system: You are a helpful assistant.
user:
Analyze the provided spectrum to determine if it is a **"Cataclysmic Variables (CV)"**.

- **Key Indicators for CV (Check for either state):**
    - **State 1: Quiescent / Low-State (Emission-Dominated)**
        - **(Primary):** Strong and *very broad* Hydrogen Balmer emission lines (e.g., $H\alpha$ at 6563 Å, $H\beta$ at 4861 Å). The 'broadness' (high velocity dispersion, often FWHM > 1000 km/s) is the key diagnostic, indicating a high-velocity accretion disk.
        - **(Secondary):** Broad neutral Helium (He I) emission lines (e.g., 5876 Å, 6678 Å).
        - **(Key Confirmation):** Presence of high-excitation *ionized* Helium (He II) emission at 4686 Å. This is a strong indicator of accretion onto a white dwarf.
        - **(Line Profile):** Emission lines may exhibit a 'double-peaked' profile, which is a classic signature of a rotating accretion disk viewed at high inclination.

    - **State 2: Outburst / High-State (Absorption-Dominated)**
        - **(Primary):** Spectrum is dominated by a bright, blue continuum (looks like a hot star).
        - **(Secondary):** The emission lines from State 1 are weak, absent, or 'filled in', and are replaced by broad, shallow *absorption* lines (primarily Balmer and He I).
        - **(Morphology):** The overall spectrum mimics a hot B/A-type star. The crucial difference is that the absorption lines are significantly broader, shallower, and more 'washed-out' (or 'smeared') than the sharp lines of a normal stellar photosphere, due to high rotational speeds and pressure broadening in the disk.

Think first, call **spectral_visualization_tool** if needed to examine features in detail, then provide your final answer. Your response must adhere to the following strict rules:
1.  **Overall Structure:** Your response must follow the format `<think>...</think> <tool_call>...</tool_call> (if a tool is used) <answer>...</answer>`.
2.  **Tool Usage Constraint:** You may only make **one** tool call per turn.
3.  **Final Answer Format:** In the `<answer>` tag, your conclusion must be inside a `\boxed{}` command (e.g., `\boxed{YES}`), followed by your justification.

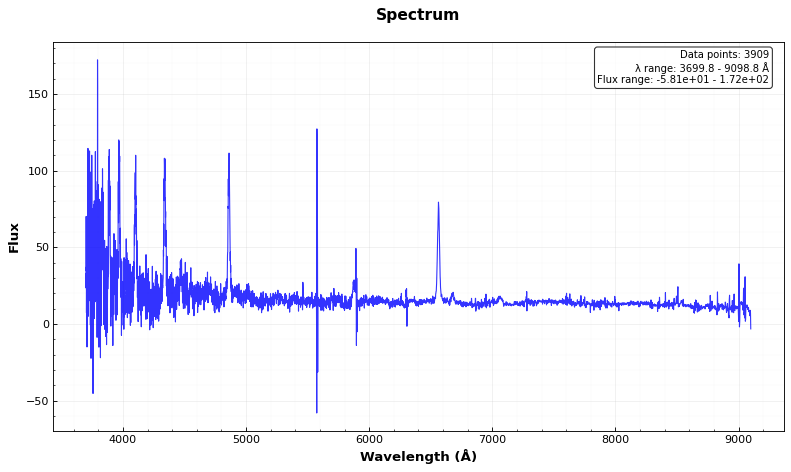
Answer: YES